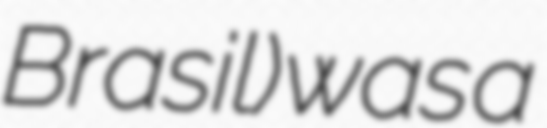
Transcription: Brasil) was a